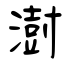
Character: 澍